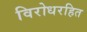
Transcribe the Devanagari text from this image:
विरोधरहित